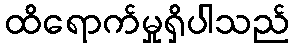
ထိရောက်မှုရှိပါသည်